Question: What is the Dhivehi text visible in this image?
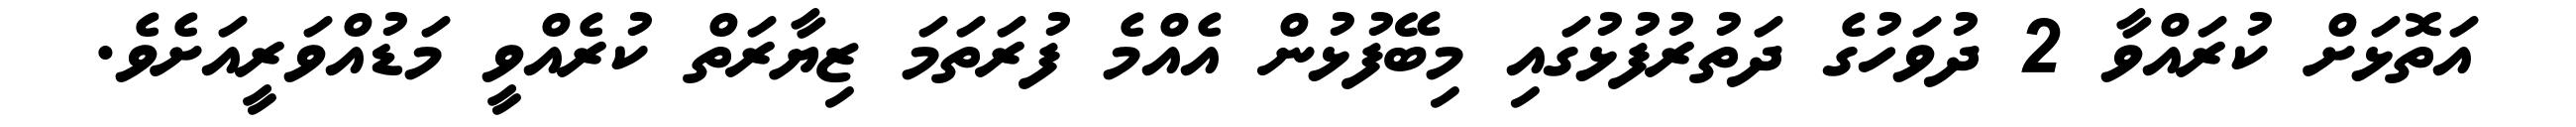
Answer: އަތޮޅަށް ކުރައްވާ 2 ދުވަހުގެ ދަތުރުފުޅުގައި މިބޭފުޅުން އެއްމެ ފުރަތަމަ ޒިޔާރަތް ކުރެއްވީ މަޑުއްވަރީއަށެވެ.